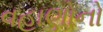
વહાણોનો